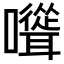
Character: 𡄭